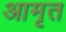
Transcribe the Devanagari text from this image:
आमृत